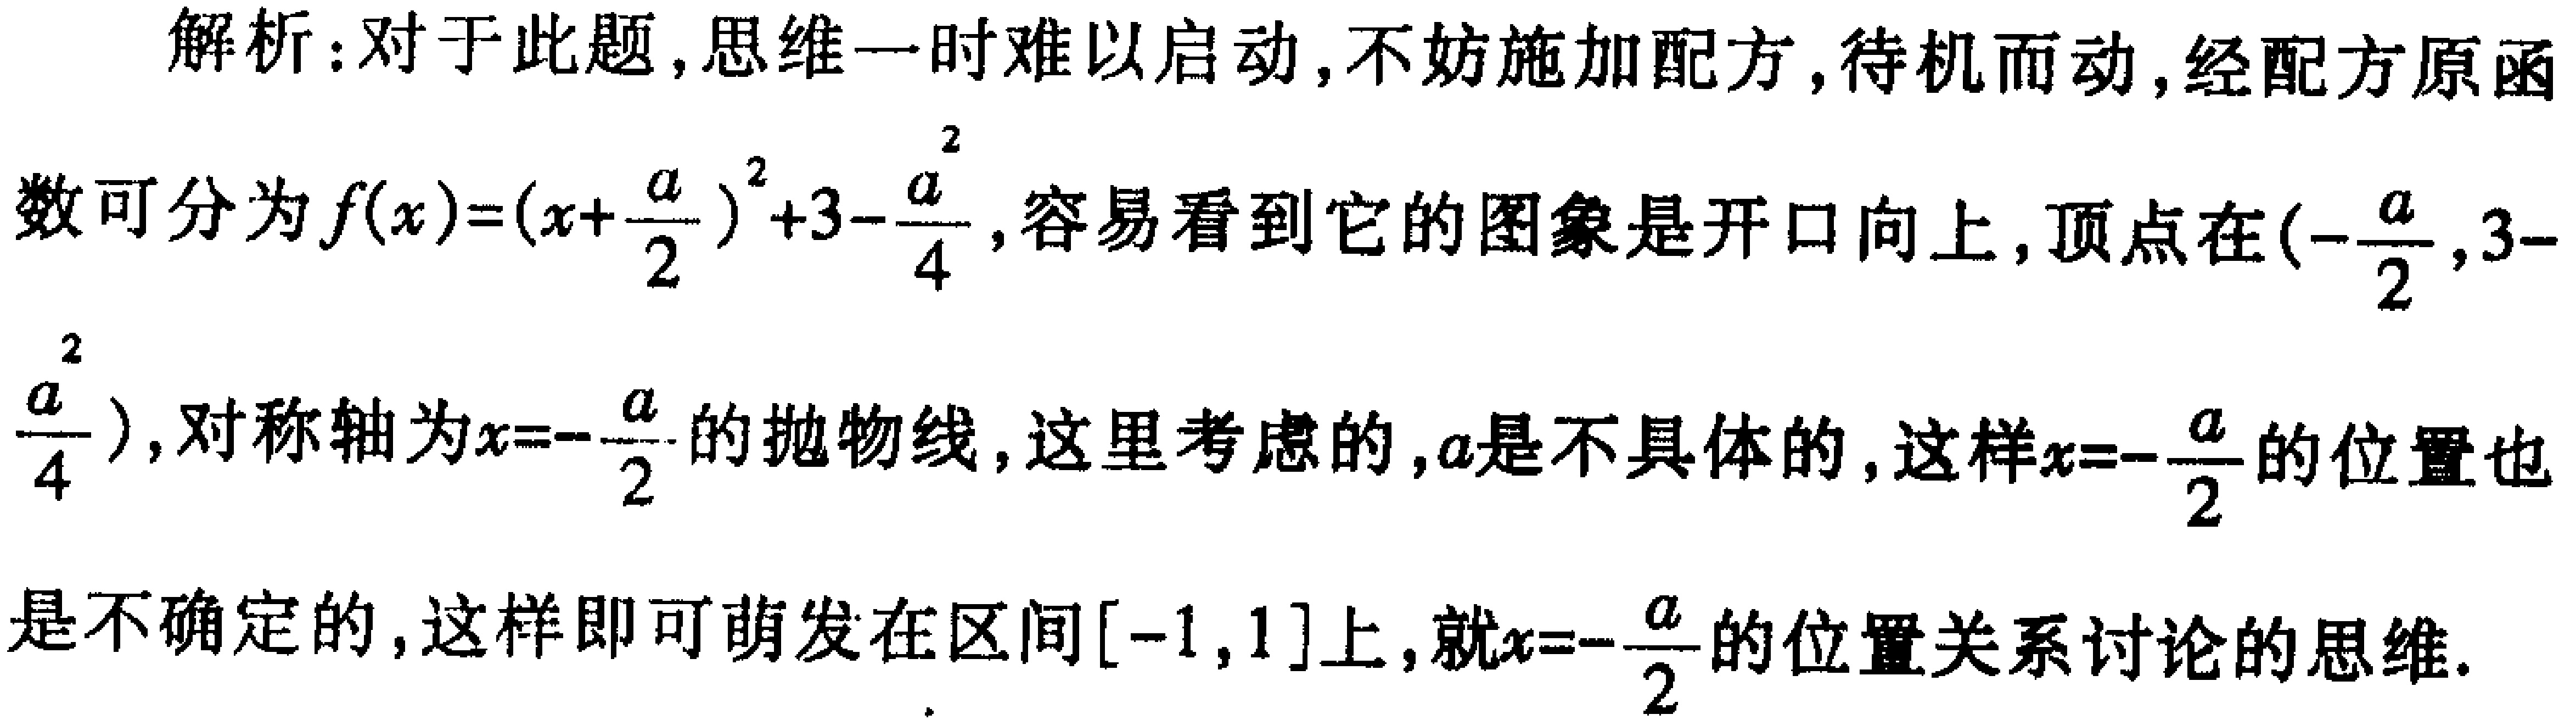
解析：对于此题,思维一时难以启动,不妨施加配方,待机而动,经配方原函
数可分为\(f(x)=(x + \frac{a}{2})^2 + 3 - \frac{a^2}{4}\),容易看到它的图象是开口向上,顶点在\((-\frac{a}{2},3 - \frac{a^2}{4})\),对称轴为\(x = -\frac{a}{2}\)的抛物线,这里考虑的,\(a\)是不具体的,这样\(x = -\frac{a}{2}\)的位置也
是不确定的,这样即可萌发在区间\([-1,1]\)上,就\(x = -\frac{a}{2}\)的位置关系讨论的思维.